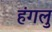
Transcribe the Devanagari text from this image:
हंगलु